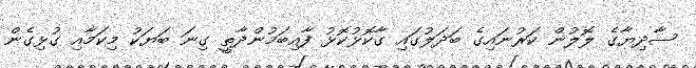
ސާދިޔާގެ ލޮލުން ކަރުނައިގެ ބަދަލުގައި ގާކޮޅުކޮޅު ފާއިބަމުންދާތީ ގިނަ ބަޔަކު މިކަމާއި ގުޅިގެން